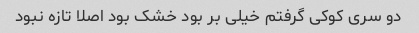
دو سری کوکی گرفتم خیلی بر بود خشک بود اصلا تازه نبود